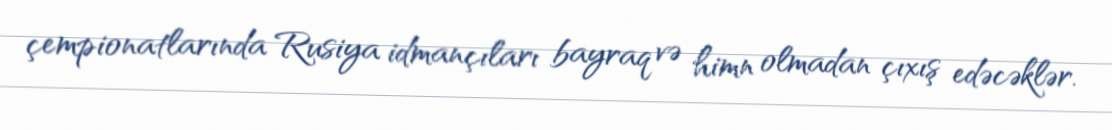
çempionatlarında Rusiya idmançıları bayraq və himn olmadan çıxış edəcəklər.